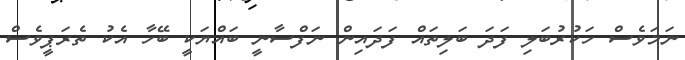
ނަމަވެސް ހަކުރުބަލި ފަދަ ބަލިތައް ފަދައިން ނަފްސާނީ ބައްޔަކީ ބޭހާ އެކު ތެރަޕީވެސް